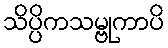
သိပ္ပိကသမ္ဗုကာပိ